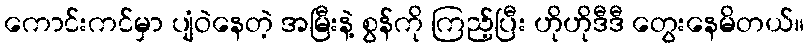
ကောင်းကင်မှာ ပျံဝဲနေတဲ့ အမြီးနဲ့ စွန်ကို ကြည့်ပြီး ဟိုဟိုဒီဒီ တွေးနေမိတယ်။